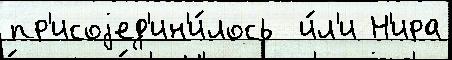
пр'исоjед'ин'и́лось  и́л'и Н'ира